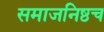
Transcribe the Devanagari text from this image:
समाजनिष्ठच